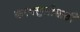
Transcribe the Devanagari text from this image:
करवसुलीसाठी